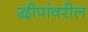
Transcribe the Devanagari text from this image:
द्वीपांवरील